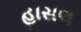
હાસલ